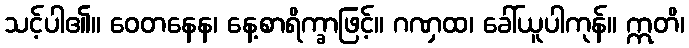
သင့်ပါ၏။ ဝေတနေန၊ နေ့စာရိက္ခာဖြင့်။ ဂဏှထ၊ ခေါ်ယူပါကုန်။ ဣတိ၊